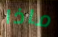
ماذا